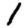
Digit: 1